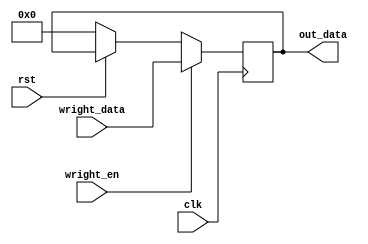
//`timescale 1ns / 1ps


module reg32(
    input clk,
    input rst,
    input wright_en,
    input [31:0] wright_data,
    output reg [31:0] out_data 
    );
    always @(posedge clk) begin
       if(rst==0)begin
            out_data<=32'b0;
       end
       if (wright_en==1) begin
           out_data<=wright_data;
       end 
    end
endmodule